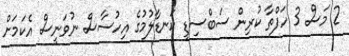
2 މަސް 3 ހަފްތާ ކުރިން ސަބްސިޑީ ކަނޑާލުމުގެ އިހުސާސް ނުވަނީސް އެކަމަށް